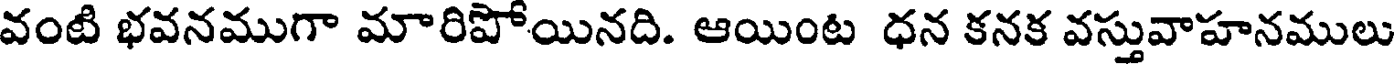
వంటి భవనముగా మారిపోయినది. ఆయింట ధన కనక వస్తువాహనములు